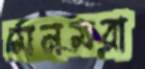
মনমরা